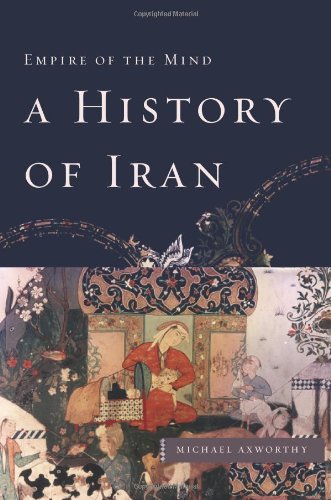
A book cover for A History of Iran: Empire of the Mind; Michael Axworthy; History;